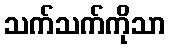
သက်သက်ကိုသာ